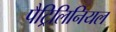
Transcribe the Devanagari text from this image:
पैट्रिलिनियल